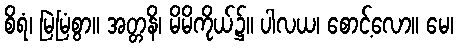
စိရံ၊ မြဲမြံစွာ။ အတ္တနိ၊ မိမိကိုယ်၌။ ပါလယ၊ စောင့်လော။ မေ၊